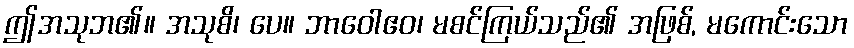
ဤအသုဘ၏။ အသုစိ၊ ပေ။ ဘာဝေါဧဝ၊ မစင်ကြယ်သည်၏ အဖြစ်, မကောင်းသော